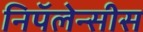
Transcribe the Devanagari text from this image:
निपॅलेन्सीस